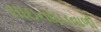
સાઇનાઇડવાળી